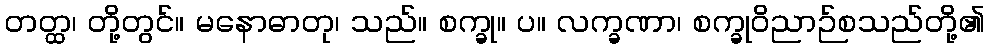
တတ္ထ၊ တို့တွင်။ မနောဓာတု၊ သည်။ စက္ခု။ ပ။ လက္ခဏာ၊ စက္ခုဝိညာဉ်စသည်တို့၏